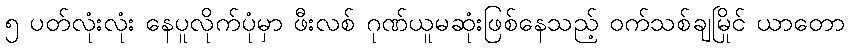
၅ ပတ်လုံးလုံး နေပူလိုက်ပုံမှာ ဖီးလစ် ဂုဏ်ယူမဆုံးဖြစ်နေသည့် ဝက်သစ်ချမြိုင် ယာတော